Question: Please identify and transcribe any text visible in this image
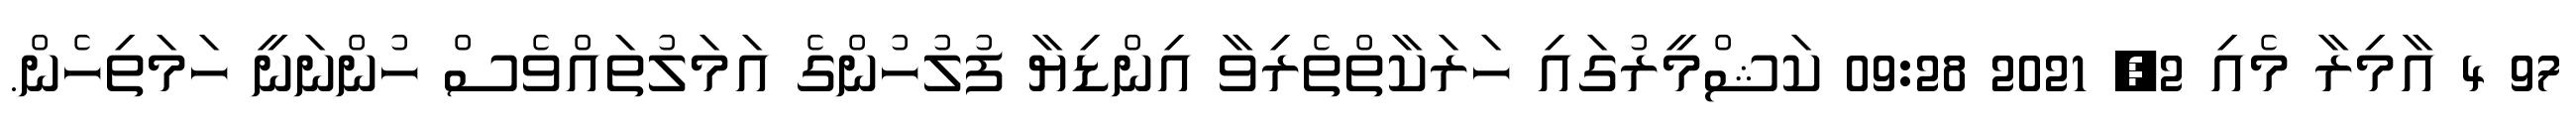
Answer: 97 4 އާމިރާ މެއި 2, 2021 09:28 ކަޝްމީރުގައި ހަރަކާތްތެރިވާ އިންޑިޔާ ފުލުހުންގެ އަމަލުތައްވެސް ހުންނަނީ ހަމަތިހެން.